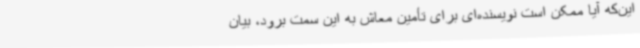
این‌که آیا ممکن است نویسنده‌ای برای تأمین معاش به این سمت برود، بیان